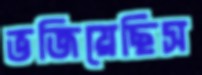
ভজিয়েছিস